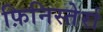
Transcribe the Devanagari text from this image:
फ़िनिस्तेर्रा